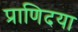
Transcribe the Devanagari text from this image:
प्राणिदया